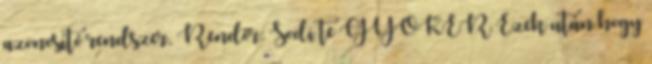
azonosító rendszer, Rendőr: Sodi te GYÖKÉR Ezek után hogy